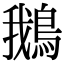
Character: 鵝